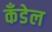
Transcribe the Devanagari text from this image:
कँडेल